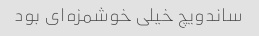
ساندویچ خیلی خوشمزه‌ای بود